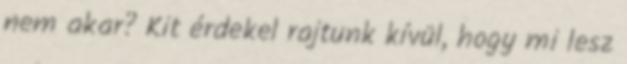
nem akar? Kit érdekel rajtunk kívül, hogy mi lesz